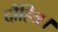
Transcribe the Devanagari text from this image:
दौहित्र।